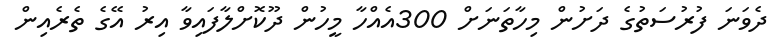
ދެވަނަ ފުރުސަތުގެ ދަށުން މިހާތަނަށް 300އެއްހާ މީހުން ދޫކޮށްލާފައިވާ އިރު އޭގެ ތެރެއިން